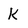
Character: k